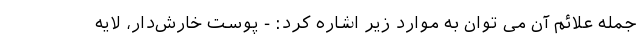
جمله علائم آن می توان به موارد زیر اشاره کرد: - پوست خارش‌دار، لایه